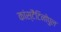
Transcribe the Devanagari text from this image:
कांस्टैंटिनोपुल